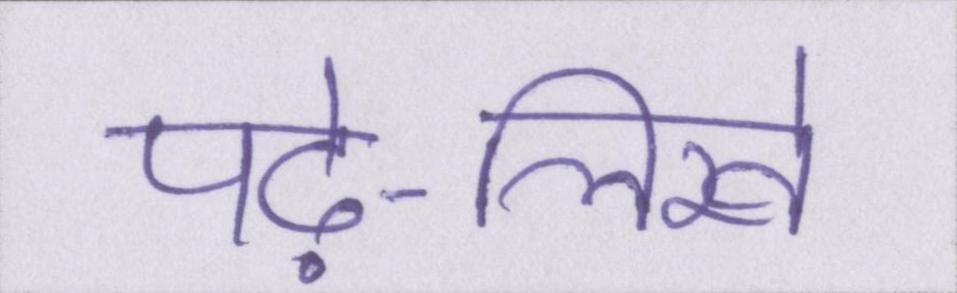
पढ़े-लिखे